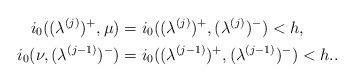
LaTeX: \begin{align*}i_0((\lambda^{(j)})^+,\mu) &= i_0((\lambda^{(j)})^+,(\lambda^{(j)})^-)<h, \\i_0(\nu,(\lambda^{(j-1)})^-) &= i_0((\lambda^{(j-1)})^+,(\lambda^{(j-1)})^-)<h..\end{align*}